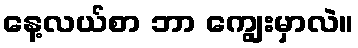
နေ့လယ်စာ ဘာ ကျွေးမှာလဲ။